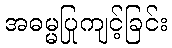
အဓမ္မပြုကျင့်ခြင်း